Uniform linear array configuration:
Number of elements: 48
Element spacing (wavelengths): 0.25
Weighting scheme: exponential
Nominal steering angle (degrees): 30
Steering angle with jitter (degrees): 30.548
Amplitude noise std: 0.05
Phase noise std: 0.05

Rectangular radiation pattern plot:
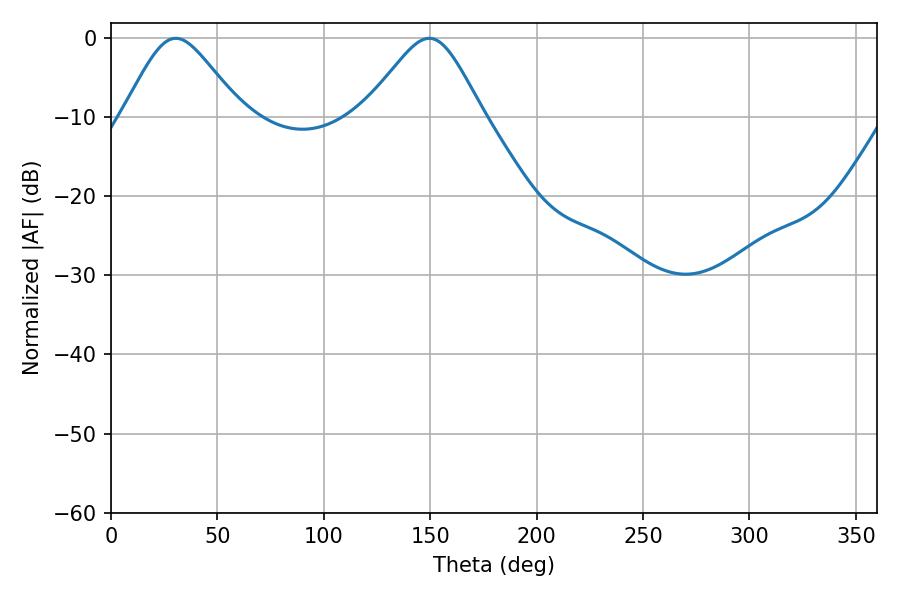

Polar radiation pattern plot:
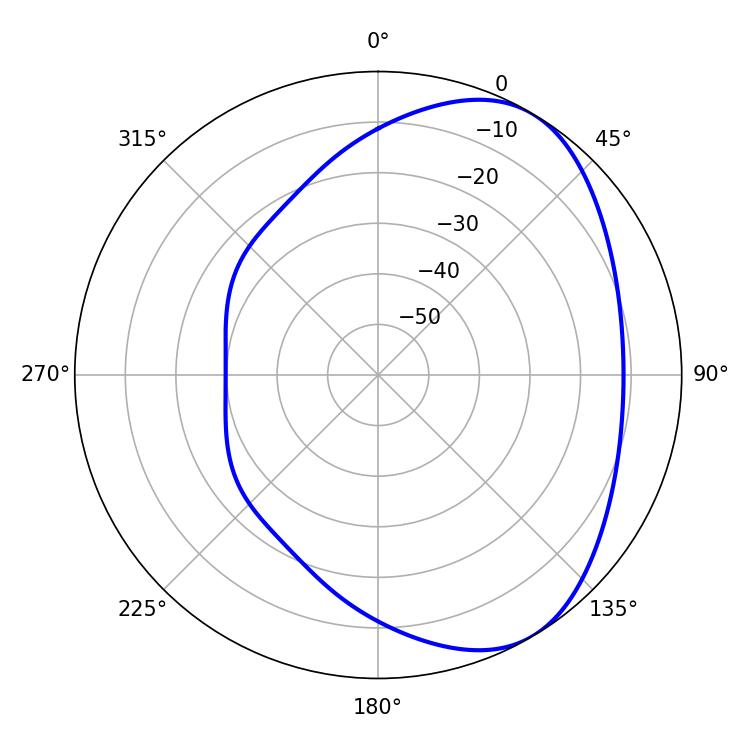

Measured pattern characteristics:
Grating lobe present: FALSE
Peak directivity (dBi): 4.987
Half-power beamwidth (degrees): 27.18
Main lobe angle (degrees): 30.42